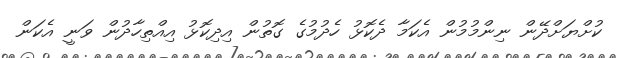
ކުށްޔަށްދޭން ނިންމުމުން އެކަމާ ދެކޮޅު ހެދުމުގެ ގޮތުން އިދިކޮޅު އިއްތިހާދުން ވަނީ އެކަން